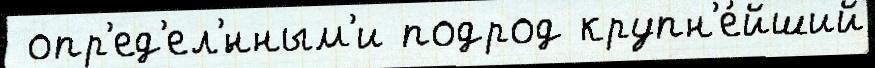
 опр'ед'ел'́нным'и подрод крупн'е́йший